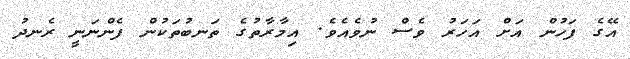
އޭގެ ފަހުން އަށް އަހަރު ވެސް ނުވެއެވެ. އިމާރާތުގެ ތަނބުތަކުން ފެންނަނީ ރެނދު